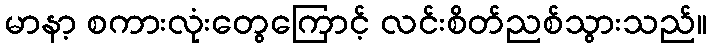
မာနာ့ စကားလုံးတွေကြောင့် လင်းစိတ်ညစ်သွားသည်။